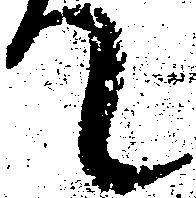
て